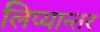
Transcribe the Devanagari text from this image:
लिप्यान्तर